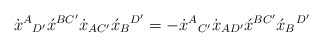
\begin{align*}\dot{x}^A{}_{D'}\acute{x}^{BC'}\dot{x}_{AC'}\acute{x}_B{}^{D'} =-\dot{x}^A{}_{C'}\dot{x}_{AD'}\acute{x}^{BC'}\acute{x}_B{}^{D'}\end{align*}